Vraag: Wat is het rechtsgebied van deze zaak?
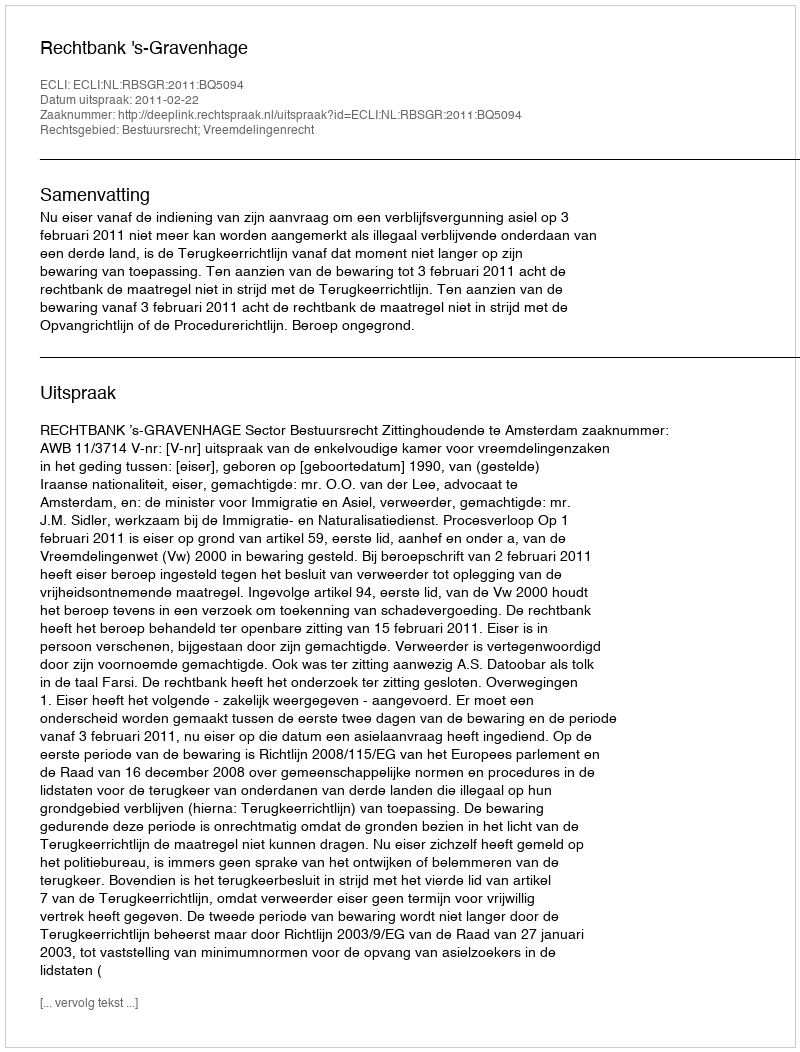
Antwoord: Bestuursrecht; Vreemdelingenrecht